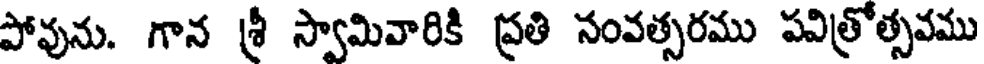
పోవును. గాన శ్రీ స్వామివారికి ప్రతి సంవత్సరము పవిత్రోత్సవము